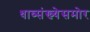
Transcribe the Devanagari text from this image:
धाव्संख्येसमोर